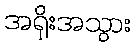
အရိုးအသွား